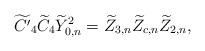
LaTeX: \begin{align*}\widetilde{C^\prime}_4 \widetilde{C}_4 \widetilde{Y}_{0,n}^2 = \widetilde{Z}_{3,n} \widetilde{Z}_{c,n} \widetilde{Z}_{2,n}, \end{align*}